Annual administration and progress report of the Indian Medical Department, Bombay
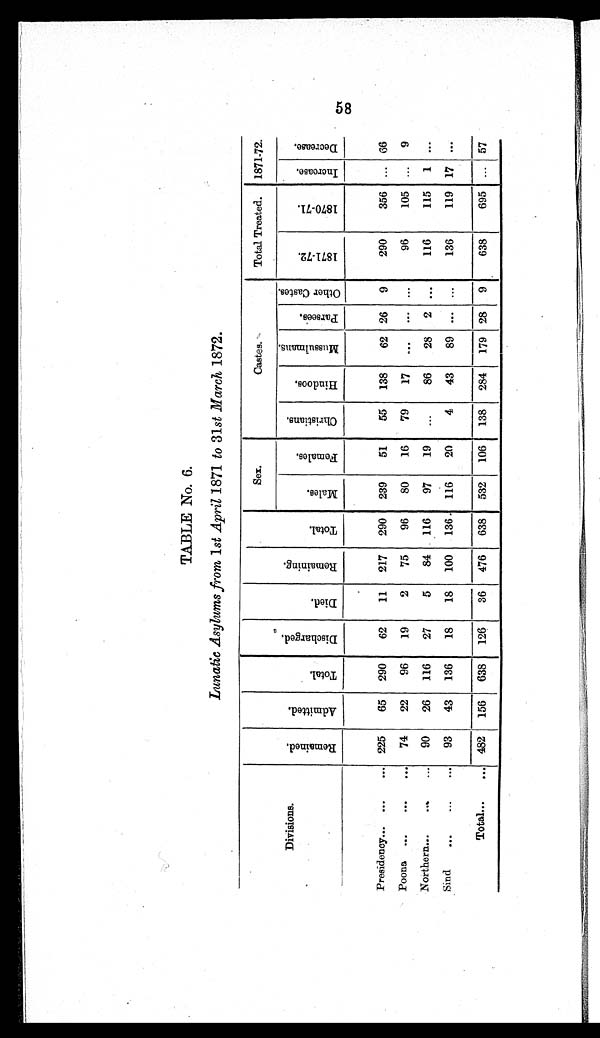
TABLE No. 6.
Lunatic Asylums from 1 st April 1871 to 31 st March 1872.
Divisions.
R e m a i n e d .
A d m i t t e d .
T o t a l .
D i s c h a r g e d .
D i e d .
R e m a i n i n g .
T o t a l .
Sex.
Castes.
Total Treated.
1871-72.
M a l e s .
F e m a l e s .
c h r i s t i a n s .
H i n d o o s .
M u s s u l m a n s .
P a r s e e s .
O t h e r C a s t e s .
1 8 7 1 - 7 2 .
1 8 7 0 - 7 1
I n c r e a s e .
D e c r e a s e .
Presidency ...
. . .
. . . 225
65 290
62
11 217 290 239
51
55 138
62 26 9
290
356
. . . 66
Poona ...
...
... 74
22
96
19
2
75
96
80
16
79
17
. . .
. . . ...
96
105 ... 9
Northern... ... ...
90
26 116
27
5
84 116
97
19
...
86
28 2
...
116
115 1
...
Sind
... ... ...
93
43 136
18
18 100 136 116
20
4
43
89
... ...
136
119 17
...
Total
... ...
482 156 638 126
36 476 638 532 106 138 284 179 28 9
638
695
...
57
58